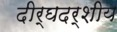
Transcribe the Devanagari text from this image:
दीर्घदर्शीय